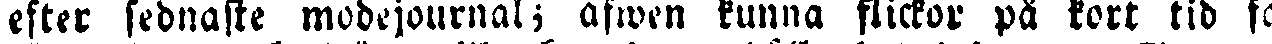
efter sednaste modejournal; äfwen kunna flickor på kort tid fa